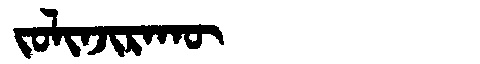
Manchu: ᠵᠣᠯᡳᠨᠵᡳᡵᠠᡴᡡ
Romanization: JOLINJIRAKŪ